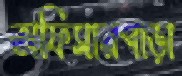
অফিসারপাড়া